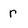
Character: r